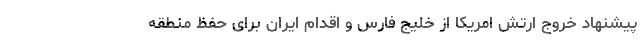
پیشنهاد خروج ارتش امریکا از خلیج فارس و اقدام ایران برای حفظ منطقه